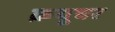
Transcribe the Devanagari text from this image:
क्रयूचर